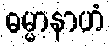
ဓမ္မာနာဟံ